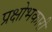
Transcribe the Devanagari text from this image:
प्रक्षोभकारी